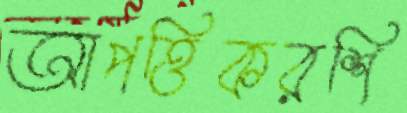
আপত্তিকরশি